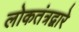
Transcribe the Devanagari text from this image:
लोकतंत्रद्वारे